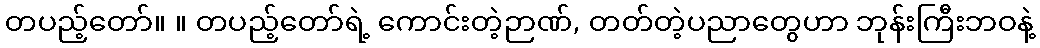
တပည့်တော်။ ။ တပည့်တော်ရဲ့ ကောင်းတဲ့ဉာဏ်, တတ်တဲ့ပညာတွေဟာ ဘုန်းကြီးဘဝနဲ့